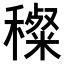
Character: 𥢽